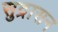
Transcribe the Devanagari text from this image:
सुद्रासन